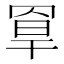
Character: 𦋃